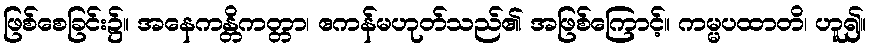
ဖြစ်စေခြင်း၌။ အနေကန္တိကတ္တာ၊ ဧကန်မဟုတ်သည်၏ အဖြစ်ကြောင့်။ ကမ္မပထာတိ၊ ဟူ၍။